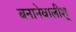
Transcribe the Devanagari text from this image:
बनानेवालीश्